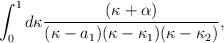
LaTeX: \begin{align*}\int_0^1 d\kappa {(\kappa+\alpha)\over{(\kappa-a_1)(\kappa-\kappa_1)(\kappa-\kappa_2)}},\end{align*}